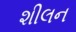
શીલન